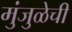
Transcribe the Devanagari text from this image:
मुंजुळेची